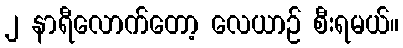
၂ နာရီလောက်တော့ လေယာဉ် စီးရမယ်။